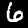
Digit: 6